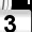
Digit: 3